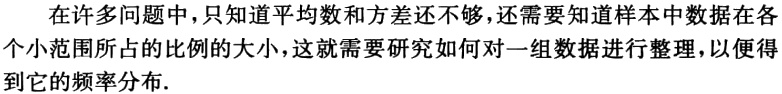
在许多问题中，只知道平均数和方差还不够，还需要知道样本中数据在各个小范围所占的比例的大小，这就需要研究如何对一组数据进行整理，以便得到它的频率分布.